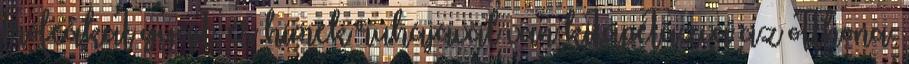
trófeákat gyűjt, és hímek ruhájával van kitapétázva az otthona.